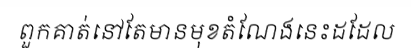
ពួកគាត់នៅតែមានមុខតំណែងនេះដដែល